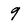
Character: 9